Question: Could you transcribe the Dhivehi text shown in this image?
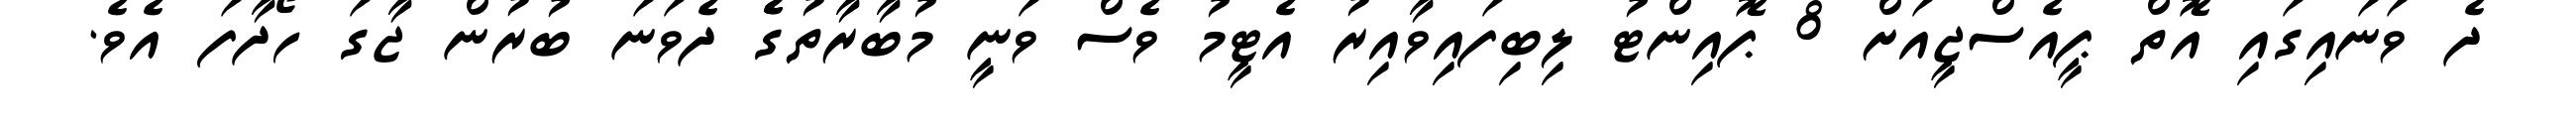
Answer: ދެ ވަނައިގައި އޮތް ޕީއެސްޖީއަށް 8 ޕޮއިންޓު ލިބިފައިވާއިރު އެޓީމު ވެސް ވަނީ މުބާރާތުގެެ ދެވަނަ ބުރުން ޖާގަ ހޯދާފަ އެވެ.